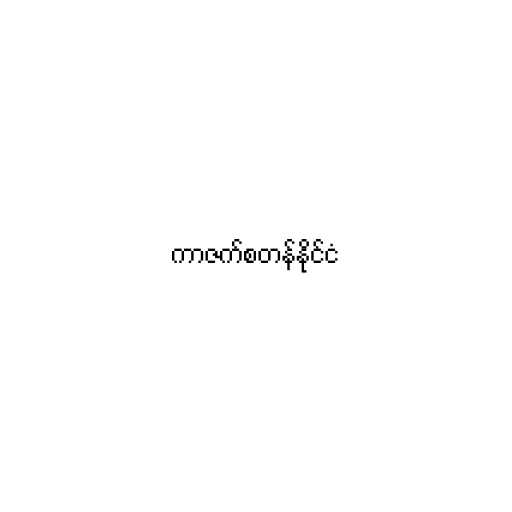
ကာဇက်စတန်နိုင်ငံ